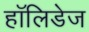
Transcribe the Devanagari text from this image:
हॉलिडेज